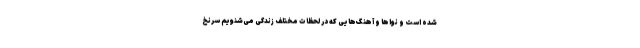
شده است و نواها و آهنگ‌‌هایی که در لحظات مختلف زندگی می‌شنویم سرنخ